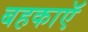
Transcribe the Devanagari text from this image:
बहकाएॅ